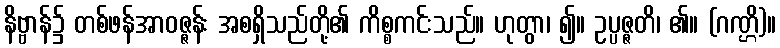
နိဗ္ဗာန်၌ တစ်ဖန်အာဝဇ္ဇန်း အစရှိသည်တို့၏ ကိစ္စကင်းသည်။ ဟုတွာ၊ ၍။ ဥပ္ပဇ္ဇတိ၊ ၏။ (ဂဏ္ဌိ)။